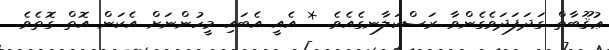
ޢުޤޫބާތް ގަދަފަދަވެގެންވާ ރަސްކަލާނގެއެވެ. * އެއީ އެބައި މީހުންނަށް އެކަން އޮތް ގޮތެވެ.